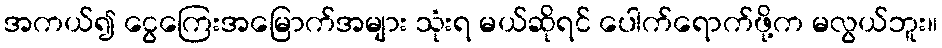
အကယ်၍ ငွေကြေးအမြောက်အများ သုံးရ မယ်ဆိုရင် ပေါက်ရောက်ဖို့က မလွယ်ဘူး။